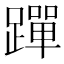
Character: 䠤